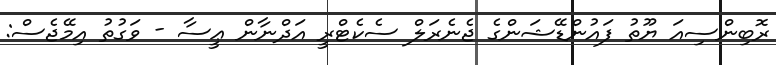
ރޮބިންސިއަ ޔޫތު ފައުންޑޭޝަންގެ ޖެނެރަލް ސެކެޓްރީ އަދްނާން ޢީސާ - ވަގުތު އިމޭޖެސް: